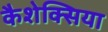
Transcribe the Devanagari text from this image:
कैशेक्सिया